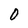
Character: 0